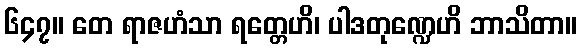
၆၄၇။ တေ ရာဇဟံသာ ရတ္တေဟိ၊ ပါဒတုဏ္ဍေဟိ ဘာသိတာ။